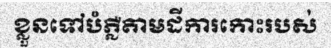
ខ្លួនទៅបំភ្លឺតាមដីការកោះរបស់